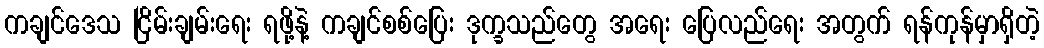
ကချင်ဒေသ ငြိမ်းချမ်းရေး ရဖို့နဲ့ ကချင်စစ်ပြေး ဒုက္ခသည်တွေ အရေး ပြေလည်ရေး အတွက် ရန်ကုန်မှာရှိတဲ့